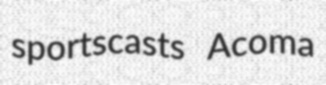
sportscasts Acoma